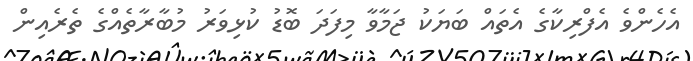
އެހެންވެ އެފްރިކާގެ އެތައް ބަޔަކު ޖަމާވާ މިފަދަ ބޮޑު ކުޅިވަރު މުބާރާތެއްގެ ތެރެއިން